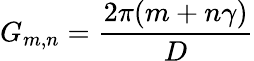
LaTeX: {G}_{{m},{n}}=\frac{2\pi({m}+{n}\gamma)}{{D}}